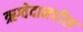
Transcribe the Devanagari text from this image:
ऋग्वेदामधील